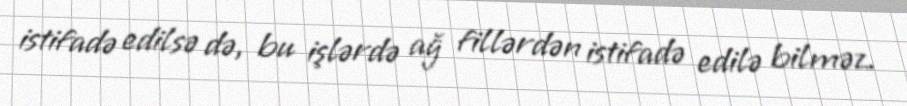
istifadə edilsə də, bu işlərdə ağ fillərdən istifadə edilə bilməz.